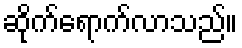
ဆိုက်ရောက်လာသည်။